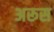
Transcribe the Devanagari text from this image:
अरूस